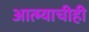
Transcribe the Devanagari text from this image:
आत्म्याचीही